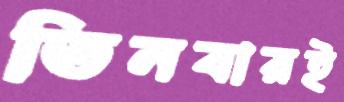
তিনবারই